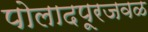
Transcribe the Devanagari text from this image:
पोलादपूरजवळ